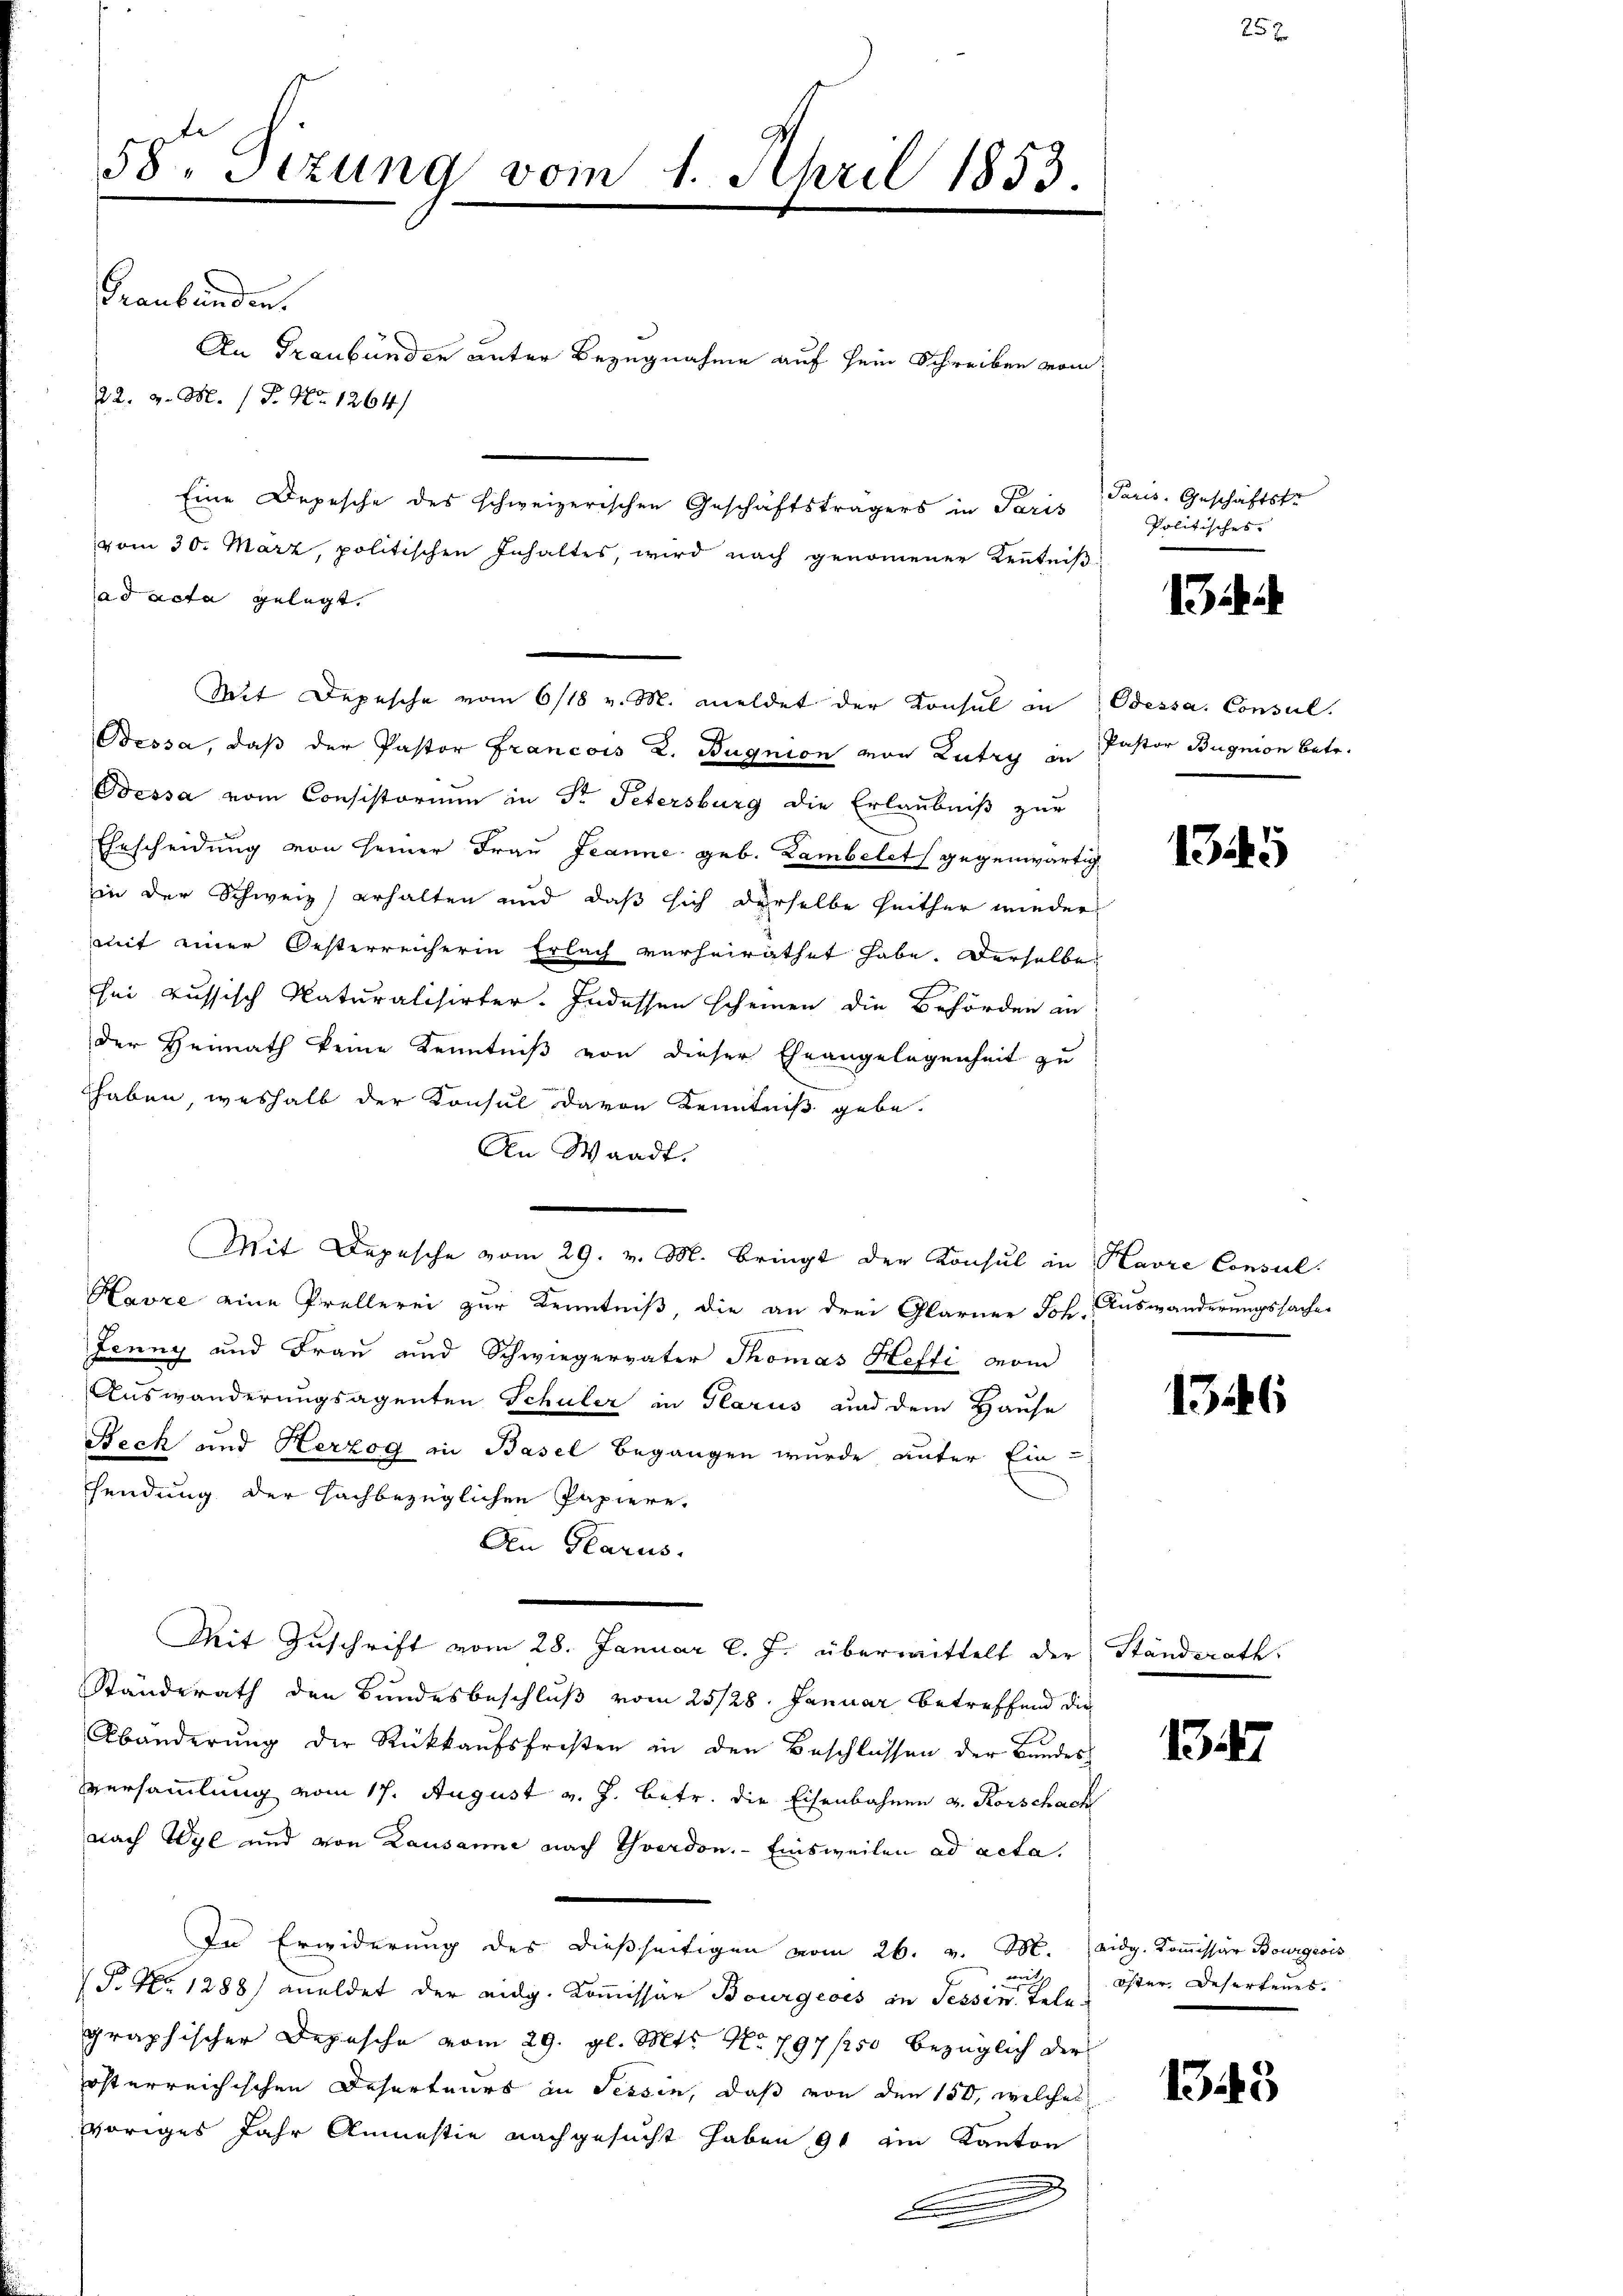
58. Sizung vom 1. April 1833.

Graubünden.
An Graubünden unter Bezugnahme auf sein Schreiben vom
22. v. M. (T. No. 1264)
Eine Depesche des schweizerischen Geschäftsträgers in Paris
vom 30. März, politischen Inhaltes, wird nach genommener Kenntniß
ad acta gelegt.
Mit Depesche vom 6/18 v. M. meldet der Konsul in Odessa. Consul
Oessa, daß der Pastor Francois L. Bugnion von Lutry in Pastor Bugnion betr.
Dessa vom Consistorium in Sr. Petersburg die Erlaubniß zur
Ehrscheidung von seiner Frau Jeanne geb. Lambelet gegenwärtig
in der Schweiz) erhalten und daß sich derselbe heither wieder
mit einer Oesterreicherin Erlach verheirathet habe. Derselbe
sei aussisch Naturalisirter. Indessen scheinen die Behörden an
der Heimath keine Kenntniß von dieser Eheangelegenheit zu
haben, weshalb der Konsul davon Kenntniß gebe.
An Waadt.
Mit Depesche vom 29. v. M. Bringt der Konsul in Havre Consul
Havre eine Prellerei zur Kenntniß, die an drei Glarner Joh. Auswanderungssache
Jenny und Frau und Schwiegervater Thomas Hefti vom
Auswanderungsagenten Schuler in Glarus und dem Hause
Beck und Herzog in Basel begangen wurde unter Ein-
sendung der Hachbezüglichen Papiere,
Aen Glarus.
Mit Zuschrift vom 28. Januar l. J. übermittelt der Ständerath
Standerath den Bundesbeschluß vom 25/28. Januar betreffend die
Abänderŭng der Rückkaŭfsfresten in den Beschlossen der Bŭndes-
Versammlung vom 17. August v. J. betr. die Eisenbahnen u. Korschach
nach Wyl und von Lausanne nach Yverdon. Einsweilen ad acta.
In Erwiderung des dießseitigen vom 26. v. M. eidg. Kommissär Bourgeois
mit
P. Nr. 1288) meldet der eidg. Kommissär Bourgeois in Tessin. Telegraphischer Depesche vom 29. gl. Mts. No 797/250 bezüglich der
österreichischen Deserteurs in Tessin, daß von den 150, welches
voriges Jahr Amnestie nachgesucht haben 90 ein Kanton
.

25

Paris. Geschäftstr
Politisches

1345

1346

134

öster defertenes.

1343